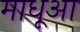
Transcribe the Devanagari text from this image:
माधूआ